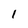
Character: 1